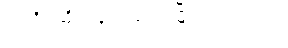
အဆိုင်ဆိုင်လျှင်၊ တောမြိုင်လည်လှည့်၊